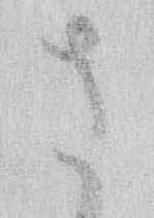
さ